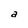
Character: a